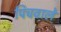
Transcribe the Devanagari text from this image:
पिचवाले